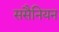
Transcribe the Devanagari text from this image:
ससैनियन